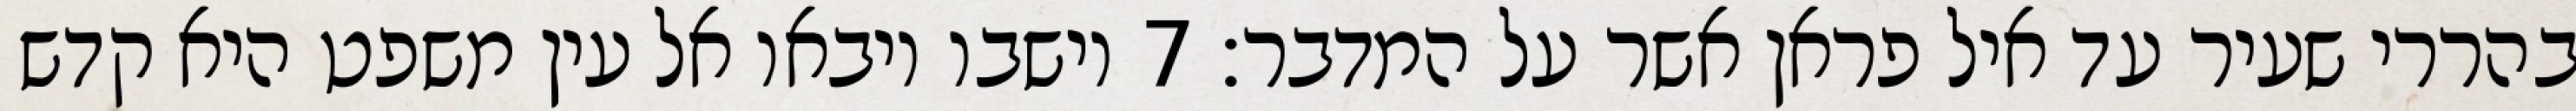
בהררי שעיר עד איל פראן אשר על המדבר׃ ‎7‏ וישבו ויבאו אל עין משפט היא קדש